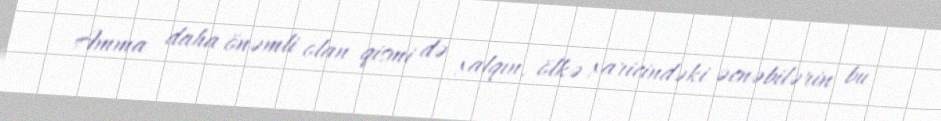
Amma daha önəmli olan qismi də xalqın, ölkə xaricindəki əcnəbilərin bu